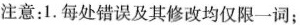
注意：1.每处错误及其修改均仅限一词；